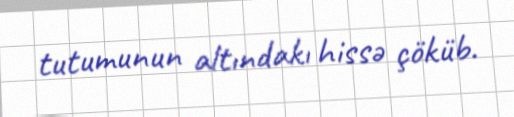
tutumunun altındakı hissə çöküb.